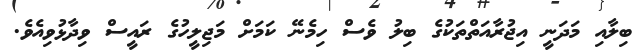
ބިލާއި މަދަނީ އިޖުރާއަތްތަކުގެ ބިލު ވެސް ހިމެނޭ ކަމަށް މަޖިލީހުގެ ރައީސް ވިދާޅުވިއެވެ.